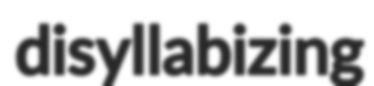
disyllabizing